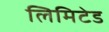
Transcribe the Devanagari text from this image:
लिमिटेड